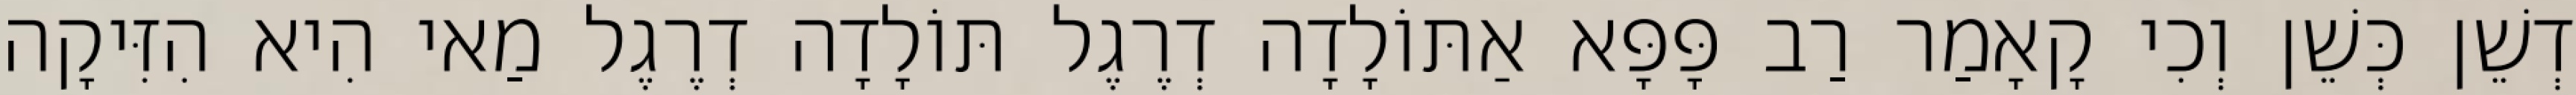
דְשֵׁן כְּשֵׁן וְכִי קָאָמַר רַב פָּפָּא אַתּוֹלָדָה דְרֶגֶל תּוֹלָדָה דְרֶגֶל מַאי הִיא הִזִּיקָה